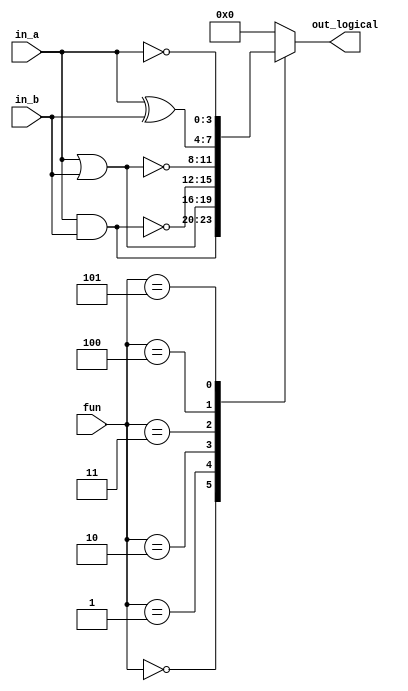
module LogicalUnit(in_a,in_b,fun,out_logical);

input [3:0]in_a,in_b;
input [2:0]fun;
output reg [3:0]out_logical;

always @(*)
begin

case(fun)
3'd0: out_logical = in_a & in_b;
3'd1: out_logical = in_a | in_b;
3'd2: out_logical = ~(in_a & in_b);
3'd3: out_logical = ~(in_a | in_b);
3'd4: out_logical = in_a ^ in_b;
3'd5: out_logical = ~in_a;
default: out_logical = 3'd0;
endcase

end
endmodule